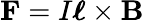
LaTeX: \mathbf{F}=I{\boldsymbol{\ell}}\times\mathbf{B}